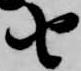
由